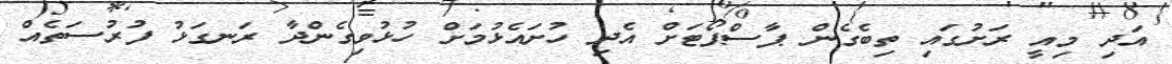
އަދި މިއީ ރަށުގައި ތިބެގެން ޕާސްޕޯޓަށް އެދި ހުށައެޅުމަށް ހުޅުވިގެންދާ ރަނގަޅު ފުރުސަތެއް